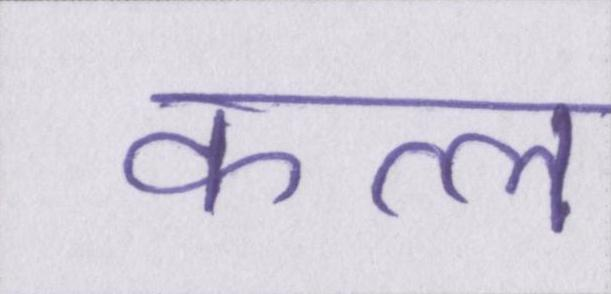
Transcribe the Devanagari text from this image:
कत्ल